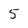
Character: 5